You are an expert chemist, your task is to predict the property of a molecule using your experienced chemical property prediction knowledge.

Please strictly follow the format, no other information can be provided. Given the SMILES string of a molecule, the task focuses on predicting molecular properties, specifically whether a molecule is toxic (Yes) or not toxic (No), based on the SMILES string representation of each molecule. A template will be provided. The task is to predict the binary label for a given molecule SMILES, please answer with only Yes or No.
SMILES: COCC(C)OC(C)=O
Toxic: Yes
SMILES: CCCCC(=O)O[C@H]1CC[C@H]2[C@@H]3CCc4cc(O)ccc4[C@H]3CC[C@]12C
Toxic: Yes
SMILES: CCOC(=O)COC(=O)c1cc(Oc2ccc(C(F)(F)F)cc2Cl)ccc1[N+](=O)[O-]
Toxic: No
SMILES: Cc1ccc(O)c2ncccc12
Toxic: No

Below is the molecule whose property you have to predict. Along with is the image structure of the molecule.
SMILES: CC(C)NCCCC1(C(N)=O)c2ccccc2-c2ccccc21
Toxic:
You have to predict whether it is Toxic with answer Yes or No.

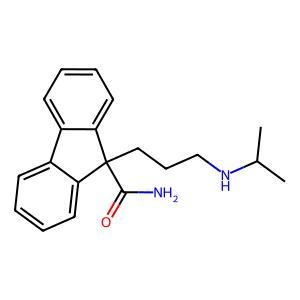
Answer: No